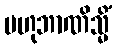
ဗဟုဘာဏိသ္မိံ